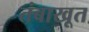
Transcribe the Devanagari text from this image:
तंबाखूत